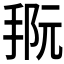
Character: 𪮀